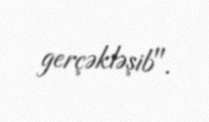
gerçəkləşib".